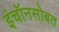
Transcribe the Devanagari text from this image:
इंचॉनसोबत